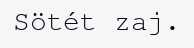
Sötét zaj.